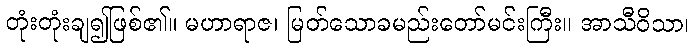
တုံးတုံးချ၍ဖြစ်၏။ မဟာရာဇ၊ မြတ်သောခမည်းတော်မင်းကြီး။ အာသီဝိသာ၊